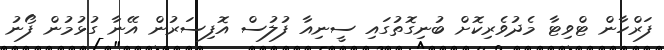
ފަރްހާން ޓްވިޓާ މެދުވެރިކޮށް ބުނިގޮތުގައި ސީނިއާ ފުލުސް އޮފިސަރުން އޭނާ ގުޅުމުން ފޯނު